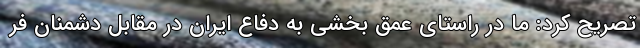
تصریح کرد: ما در راستای عمق بخشی به دفاع ایران در مقابل دشمنان فر